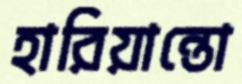
হারিয়ান্তো